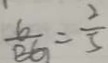
\frac { G } { B G } = \frac { 2 } { 5 }